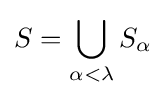
S=\bigcup _{\alpha <\lambda }S_{\alpha }